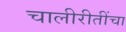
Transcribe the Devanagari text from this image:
चालीरीतींचा